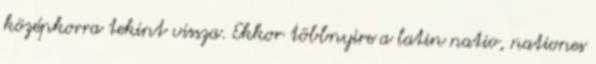
középkorra tekint vissza. Ekkor többnyire a latin natio, nationes